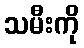
သမီးကို